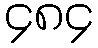
၄၈၄